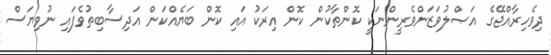
ދިވެހިރާއްޖޭގެ އަޞްލުވަޒަންވެރީންނަކީ ކޮންތާކުން ކޮން އިރަކު އައި ކޮން ބަޔެއްކަން އަދިސާބިތުވެފައި ނުވިޔަސް